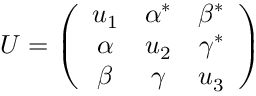
U = \left( \begin{array} { c c c } { { u _ { 1 } } } & { { \alpha ^ { * } } } & { { \beta ^ { * } } } \\ { { \alpha } } & { { u _ { 2 } } } & { { \gamma ^ { * } } } \\ { { \beta } } & { { \gamma } } & { { u _ { 3 } } } \end{array} \right)